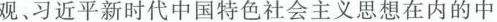
观、习近平新时代中国特色社会主义思想在内的中